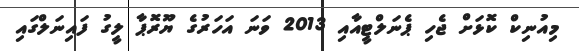
މިއުނިކް ކޮޅަށް ޖެހި ޕެނަލްޓީއާއި 2013 ވަނަ އަހަރުގެ ޔޫރޮޕާ ލީގު ފައިނަލްގައި